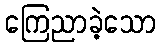
ကြေညာခဲ့သော